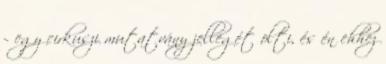
– egy cirkuszi mutatvány jellegét ölti, és én ehhez